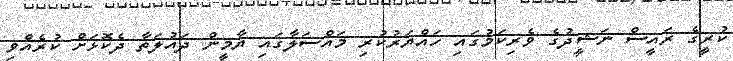
ކުރީގެ ރައީސް ނަޝީދުގެ ވެރިކަމުގައި ހައްޔަރުކުރި މައްސަލާގައި ޔާމީން ދައުލަތާ ދެކޮޅަށް ކުރެއްވި